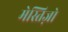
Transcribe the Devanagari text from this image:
मेस्तिज़ो